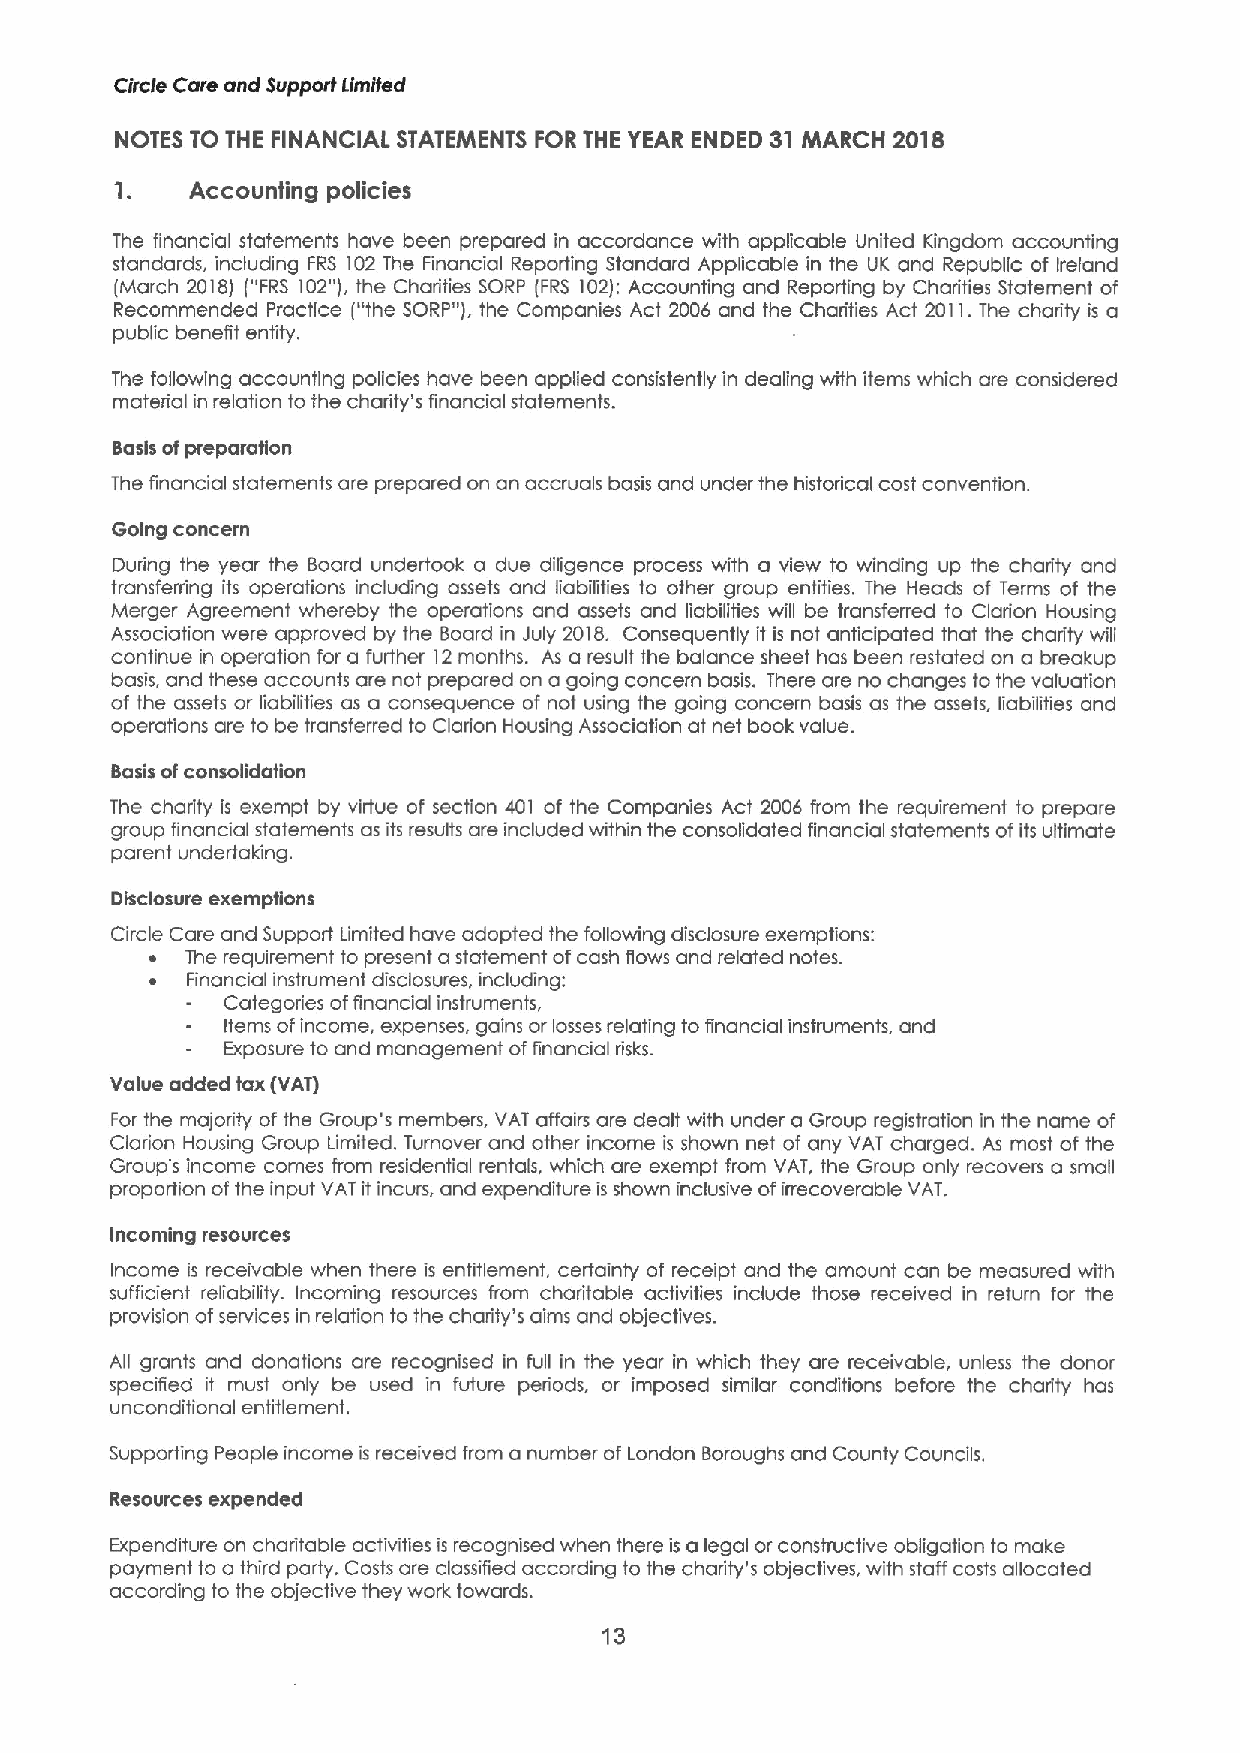
Circle Care and Support gmited
 NOTES TO THE FINANCIAL STATEMENTS FOR THE YEAR ENDED 31 MARCH 2018
 1.   Accounting policies
 The financial statements have been prepared in accordance with applicable United Kingdom accounting
 standards, including FRS 102 The Financial Reporting Standard Applicable in the UK and Republic of Ireland
 (March 2018) ("FRS 102"),the Charities SORP (FRS 102):Accounting and Reporting by Charities Statement of
 Recommended Practice ("the SORP"), the Companies Act 2006 and the Charities Act 2011.The charity is a
 public benefit entity.
 The following accounting policies have been applied consistently in dealing with items which are considered
 material in relation to the charity's financial statements.
 Basis ofpreparation
 The financial statements are prepared on an accruals basis and under the historical cost convention.
 Going concern
 During the year the Board undertook a due diligence process with a view to winding up the charity and
 transfening its operations including assets and liabilities to other group entities. The Heads of Terms of the
 Merger Agreement whereby the operations and assets and liabilities will be transferred to Clarion Housing
 Association were approved by the Board in July 2018. Consequently it is not anticipated that the charity will
 continue in operation for a further 12months. As a result the balance sheet has been restoted on a breakup
 basis, and these accounts are not prepared on a going concern basis. There are no changes to the valuation
 of the assets or liabilities as a consequence of not using the going concern basis as the assets, liabilities and
 operations are to be transferred to Clariion Housing Association at net book value.
 Basis ofconsolidation
 The chariity is exempt by virtue of section 401 of the Companies Act 2006 from the requirement to prepare
 group financial statements as its results are included within the consolidated financial statements ofits ultimate
 parent undertaking.
 Disclosure exemptions
 Circle Care and Support Limited have adopted the following disclosure exemptions:
 ~ The requirement to present a statement ofcash flows and related notes.
 ~ Financial instrument disclosures, including:
 Categories offinancial instruments,
 Items ofincome, expenses, gains or losses relating to financial instruments, and
 Exposure to and management offinancial risks.
 Value added tax (VAT1
 For the majority of the Group's members, VAT affairs are dealt with under a Group registration in the name of
 Clarion Housing Group Limited. Turnover and other income is shown net of any VAT charged. As most of the
 Group's income comes from residential rentals, which are exempt from VAT, the Group only recovers a small
 proportion ofthe input VAT it incurs, and expenditure is shown inclusive ofirrecoverable VAT.
 Incoming resources
 Income is receivable when there is entitlement, certainty of receipt and the amount can be measured with
 sufficient reliability. Incoming resources from charitable activities include those received in return for the
 provision ofservices in relation to the charity's aims and objectives.
 Afi grants and donations are recognised in full in the year in which they are receivable, unless the donor
 specified it must only be used in future periods, or imposed similar conditions before the charity has
 unconditional entitlement.
 Supporting People income is received from a number of London Boroughs and County Councils.
 Resources expended
 Expenditure on chariitable activities is recognised when there is a legal or constructive obligation to make
 payment to a third party. Costs are classified according to the charity's objectives, with staff costs allocated
 according to the objective they work towards.
 13